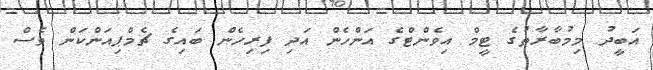
އަބީދު މިމުބާރާތުގެ ޓީމް އިވެންޓްގެ އަންހެން އަދި ފިރިހެން ބައިގެ ޗެމްޕިއަންކަން ވެސް